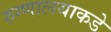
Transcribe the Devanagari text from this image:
रुग्णालयाकडे